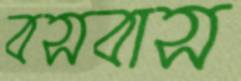
বসবাস